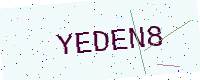
Text: YEDEN8